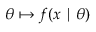
\theta \mapsto f ( x \mid \theta )